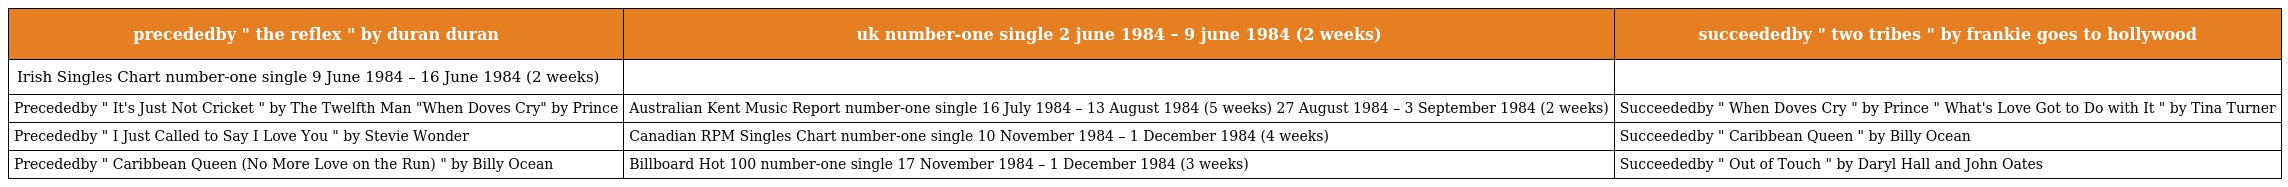
| precededby " the reflex " by duran duran | uk number-one single 2 june 1984 – 9 june 1984 (2 weeks) | succeededby " two tribes " by frankie goes to hollywood |
 | --- | --- | --- |
 | Irish Singles Chart number-one single 9 June 1984 – 16 June 1984 (2 weeks) |  |  |
 | Precededby " It's Just Not Cricket " by The Twelfth Man "When Doves Cry" by Prince | Australian Kent Music Report number-one single 16 July 1984 – 13 August 1984 (5 weeks) 27 August 1984 – 3 September 1984 (2 weeks) | Succeededby " When Doves Cry " by Prince " What's Love Got to Do with It " by Tina Turner |
 | Precededby " I Just Called to Say I Love You " by Stevie Wonder | Canadian RPM Singles Chart number-one single 10 November 1984 – 1 December 1984 (4 weeks) | Succeededby " Caribbean Queen " by Billy Ocean |
 | Precededby " Caribbean Queen (No More Love on the Run) " by Billy Ocean | Billboard Hot 100 number-one single 17 November 1984 – 1 December 1984 (3 weeks) | Succeededby " Out of Touch " by Daryl Hall and John Oates |